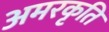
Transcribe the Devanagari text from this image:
अमरकृति